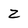
Character: z